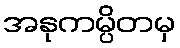
အနုကမ္ပိတမှ